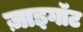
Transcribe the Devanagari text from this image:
ज़ाइगॉट